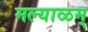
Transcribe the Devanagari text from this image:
मल्याळम्